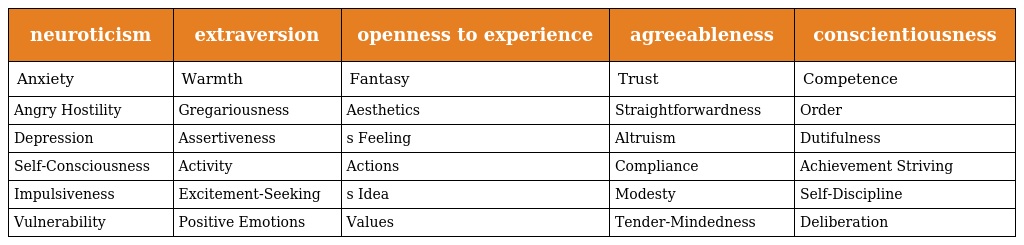
| neuroticism | extraversion | openness to experience | agreeableness | conscientiousness |
 | --- | --- | --- | --- | --- |
 | Anxiety | Warmth | Fantasy | Trust | Competence |
 | Angry Hostility | Gregariousness | Aesthetics | Straightforwardness | Order |
 | Depression | Assertiveness | s Feeling | Altruism | Dutifulness |
 | Self-Consciousness | Activity | Actions | Compliance | Achievement Striving |
 | Impulsiveness | Excitement-Seeking | s Idea | Modesty | Self-Discipline |
 | Vulnerability | Positive Emotions | Values | Tender-Mindedness | Deliberation |